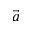
\vec { a }